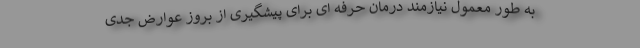
به طور معمول نیازمند درمان حرفه ای برای پیشگیری از بروز عوارض جدی